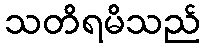
သတိရမိသည်